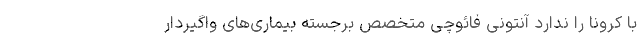
با کرونا را ندارد آنتونی فائوچی متخصص برجسته بیماری‌های واگیردار